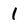
Character: 1